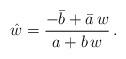
LaTeX: \begin{align*}\hat w = \frac{-\bar b +\bar a\,w}{a+b\,w}\,.\end{align*}